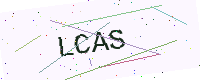
Text: LCAS